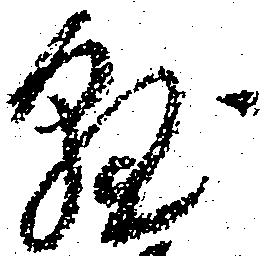
懸